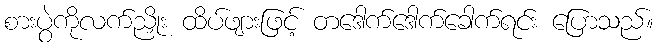
စားပွဲကိုလက်ညှိုး ထိပ်ဖျားဖြင့် တဒေါက်ဒေါက်ခေါက်ရင်း ပြောသည်။